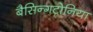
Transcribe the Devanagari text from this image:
बैसिन्गटोनिया